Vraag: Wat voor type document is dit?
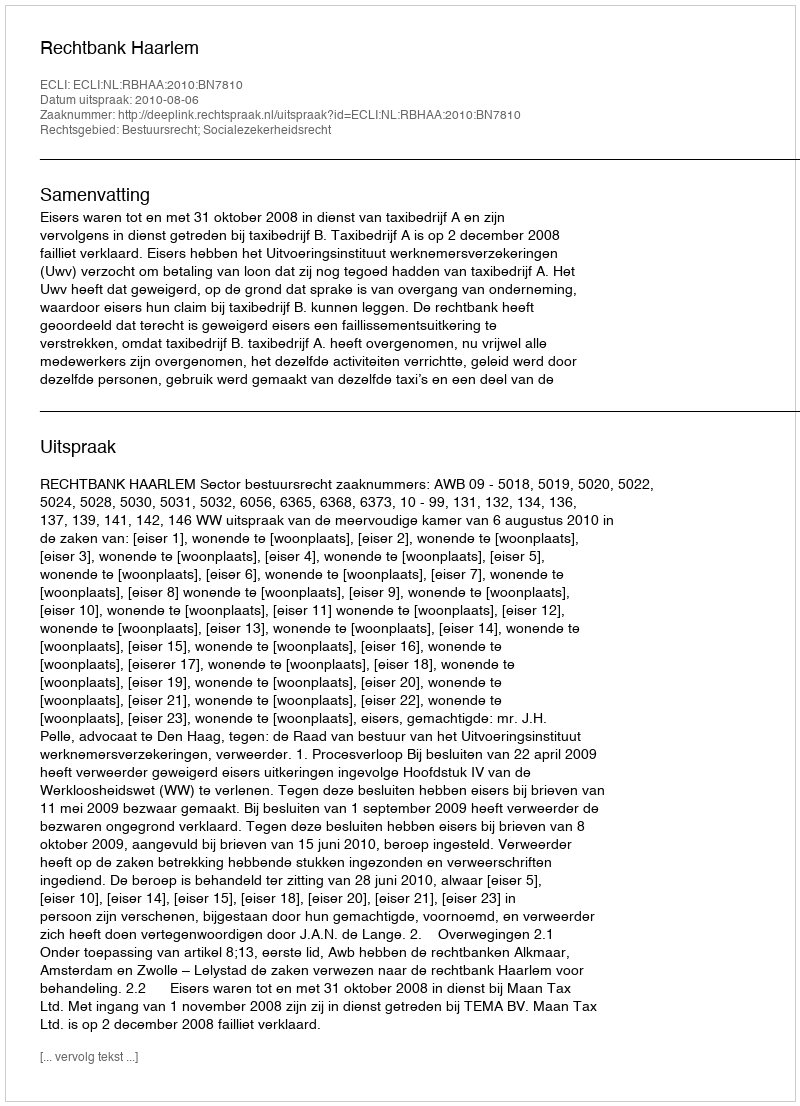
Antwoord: Uitspraak